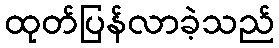
ထုတ်ပြန်လာခဲ့သည်